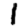
Digit: 1